Bréfritari: Ingibjörg E. Gunnlaugsdóttir
Viðtakandi: Halldór Jónsson
Dagsetning: A-1859-01-12
Skrifað á: Kiðjabergi  Árn.

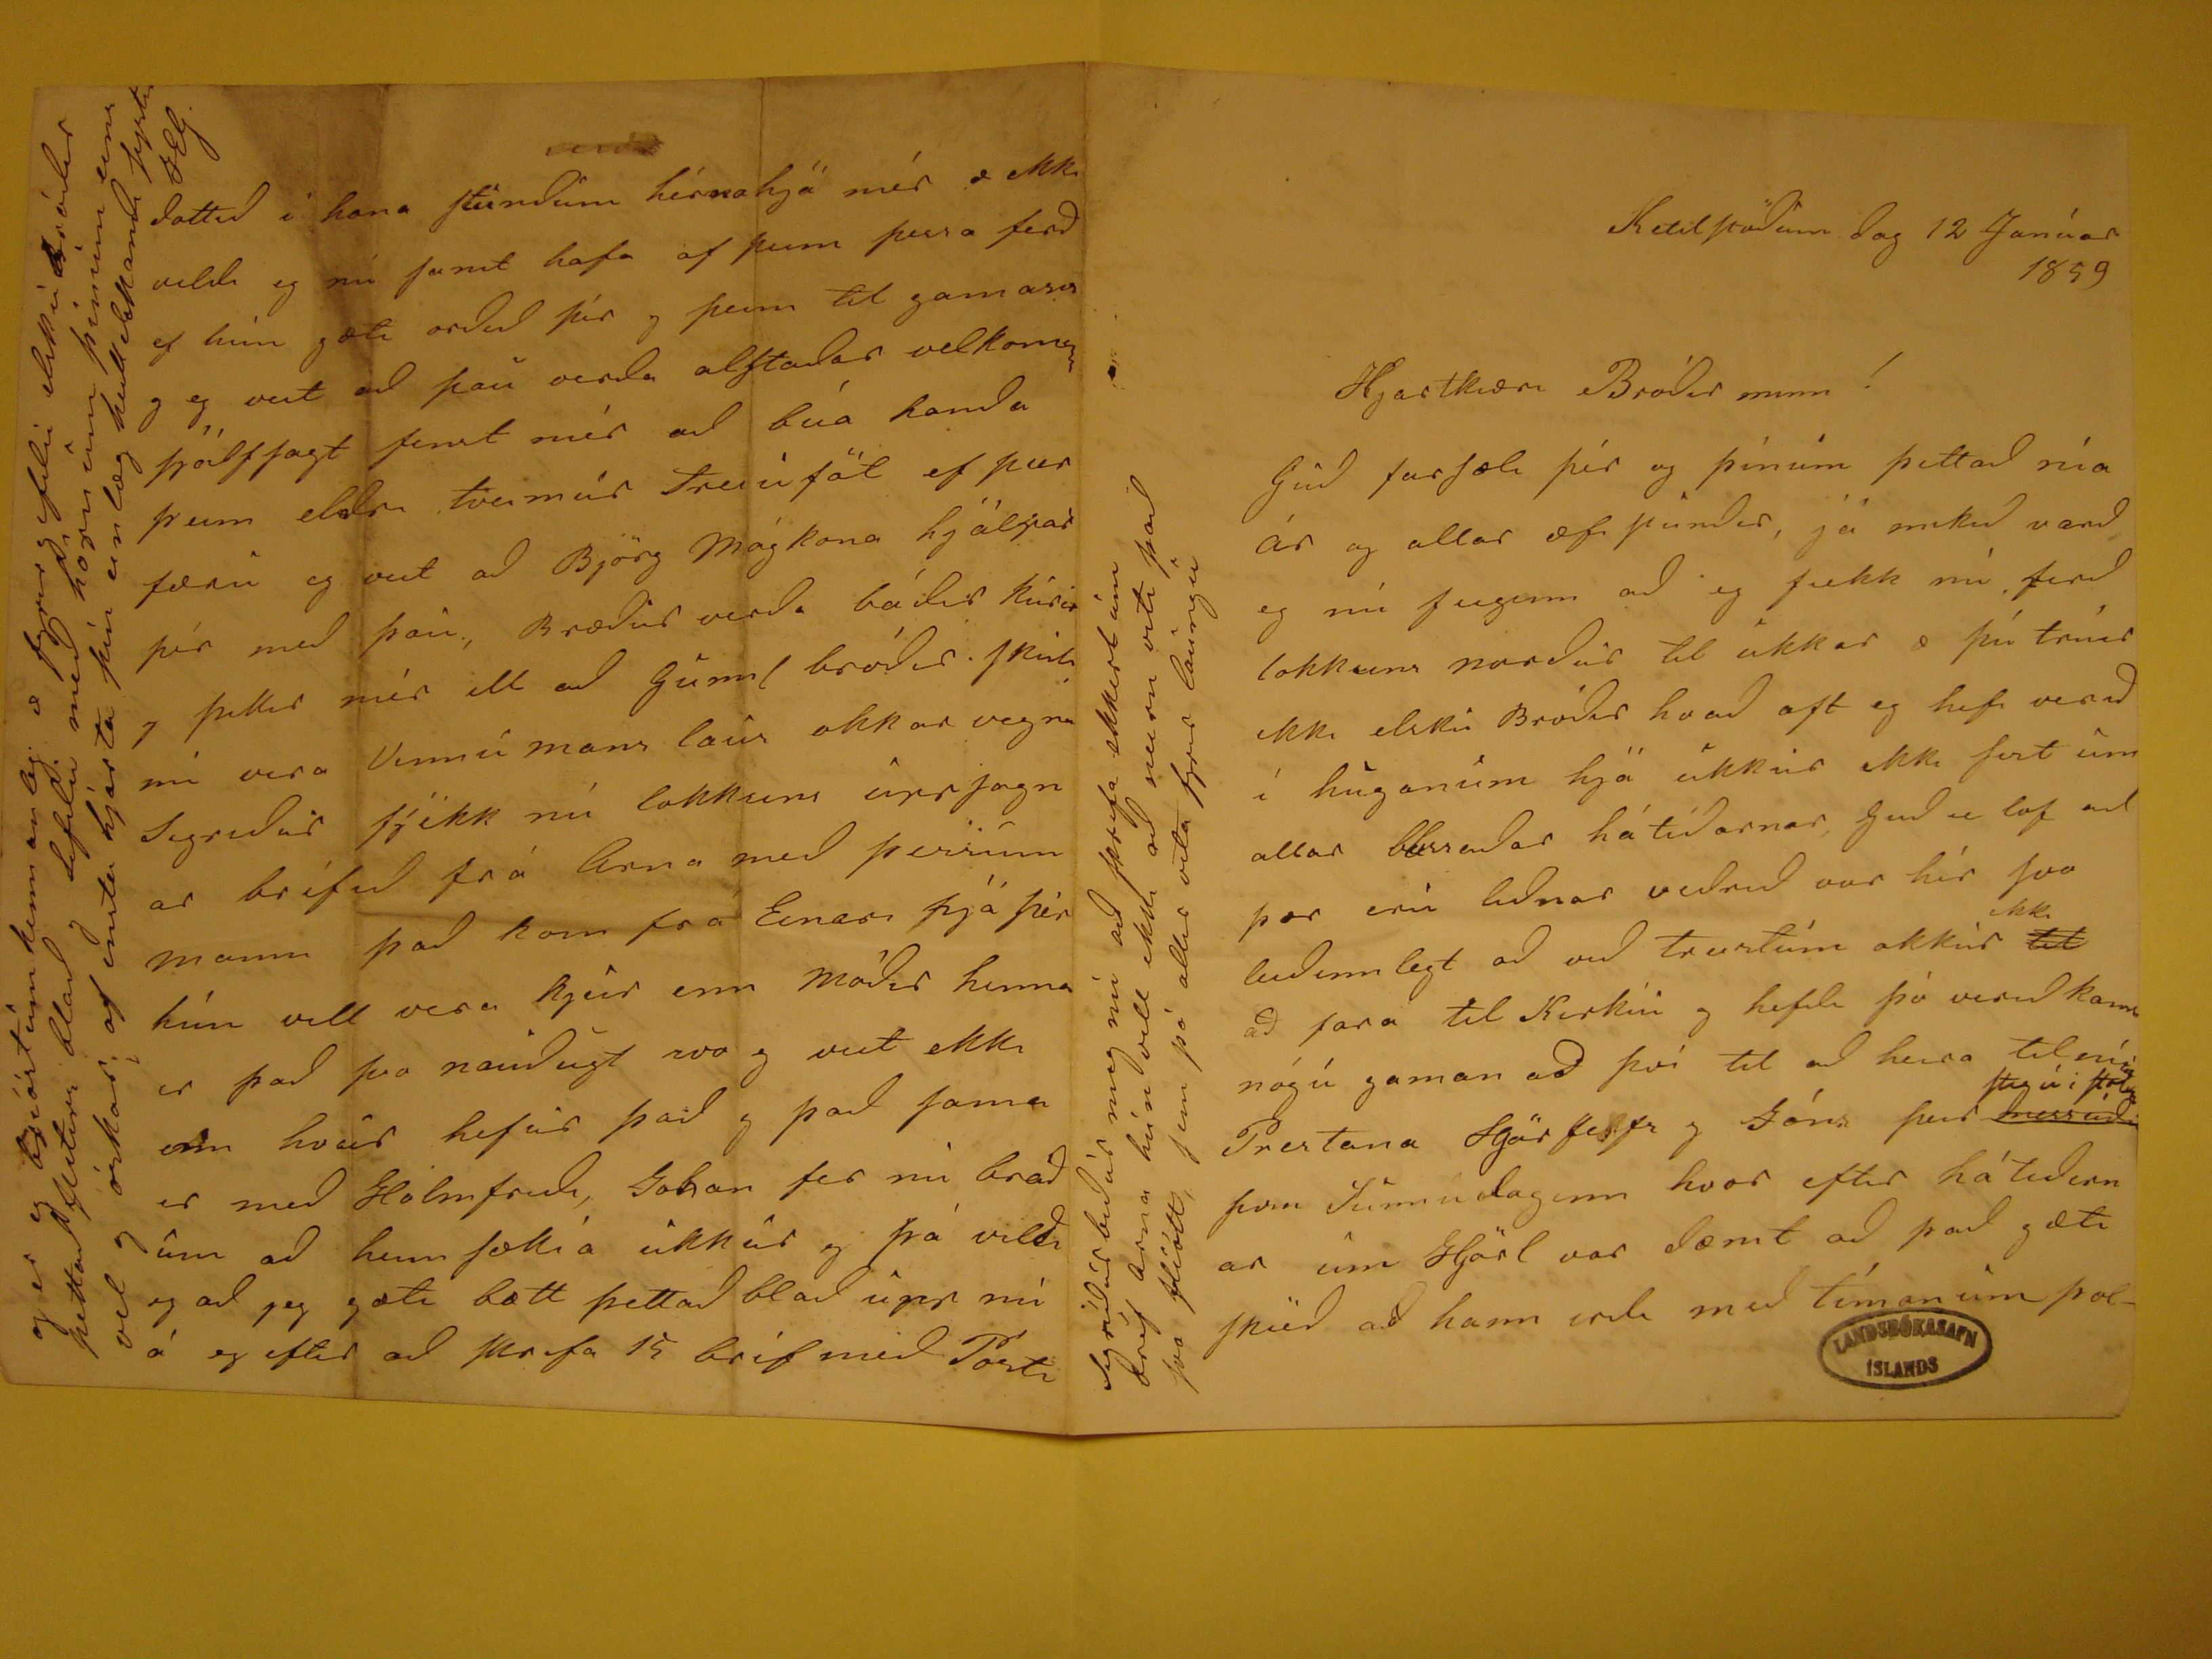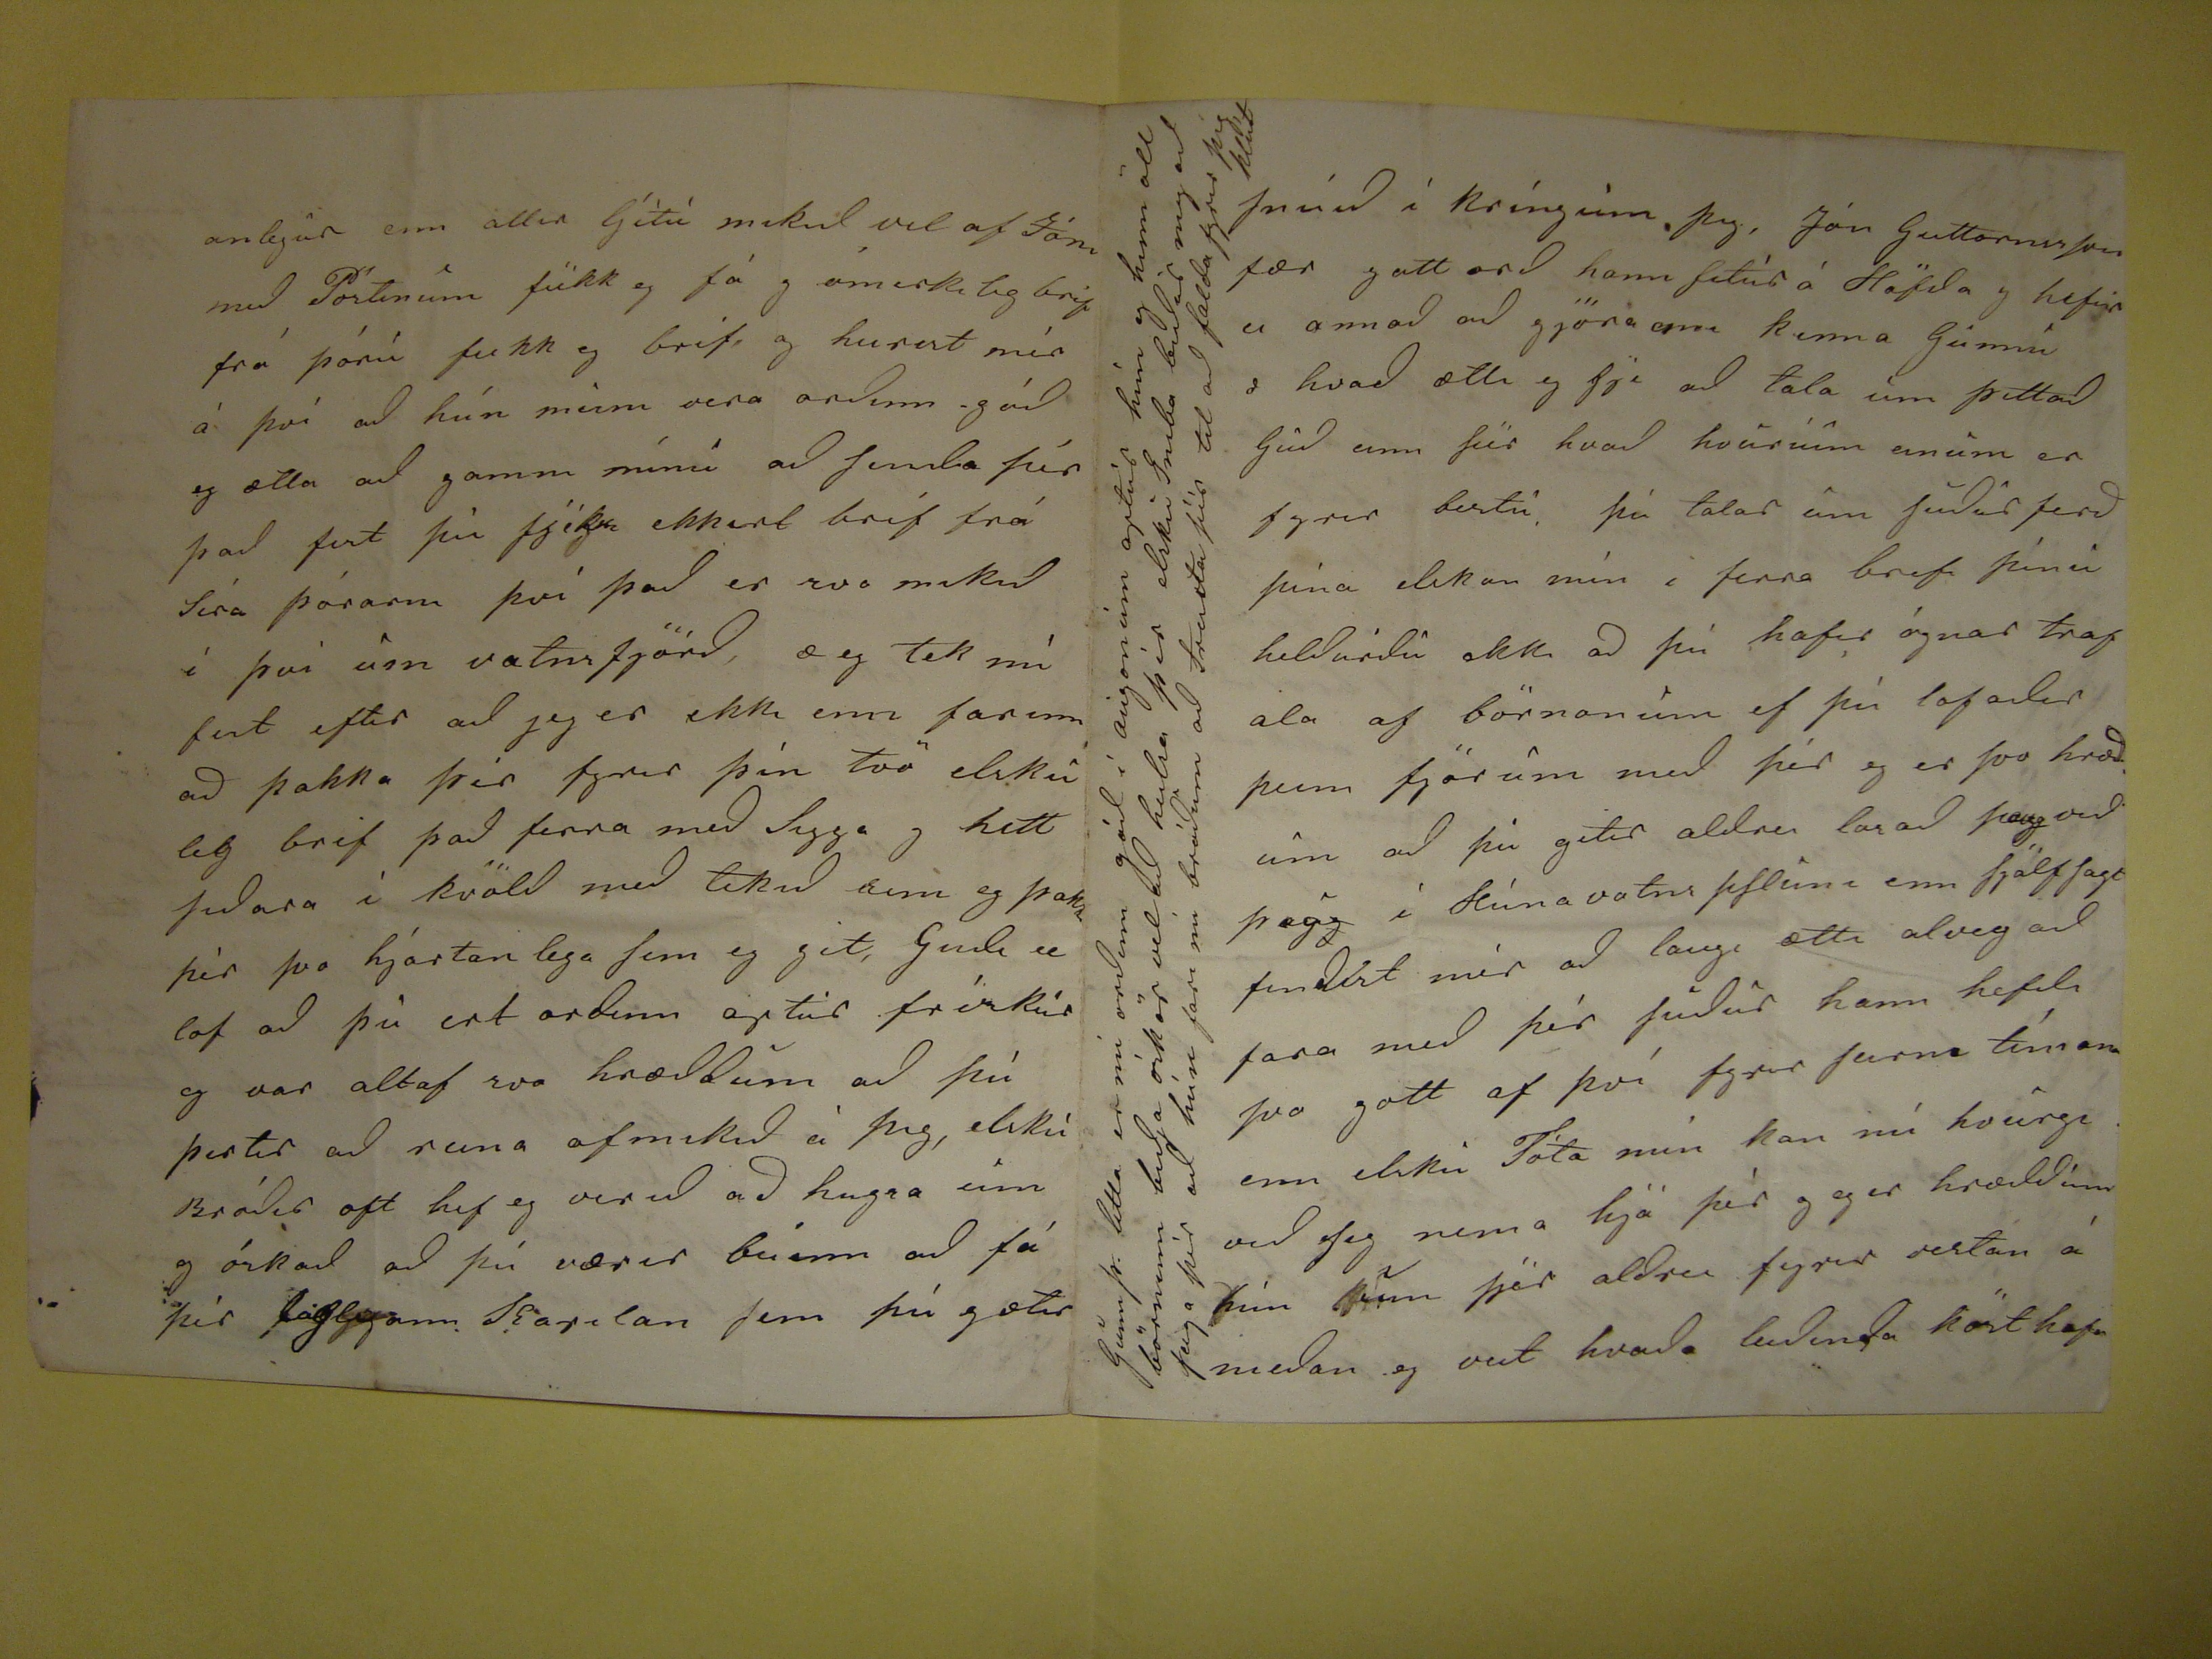

KEtilstöðum dag 12 Janúar 1859
Hjartkæri Bróðir minn!
Guð farsæli þér og þínum þettað nía ár og allar ævi stundir, já mikið varð eg nú feigenn að eg fiekk nú ferð lokksins norður til ukkar æ þú trúir ekki elsku
Bróðir hvað oft eg hefi verið í huganum hjá ukkur ekki
sert
um allar blessaðar há tíðirnar Guð se lof að þær eru liðnar veðrið var hér svo
leiðinnlegt að við treistúm okkúr
til
ekki
að fara til Kirkiú og
hefði þó verið kann nógú gaman að því til að heira til
??
Prestana
Sgörfestr
og Jóns þeir
rend="overstrike">messuði
steg ú i
felag
þvi
Sunnudaginn
hvor eftir hátiernar um Hjorl var sæmt að það gæti skieð að hann erdi med tímanum þol-
Segríðúr biðúr meg nú að skrefa ekkert um bréf arna hún vill ekki að neirn viti það svo flíótt, sem þó aller
vita fyrir laungu
anlegur enn allir Gétú mikid vel af Jóni með Póstinum fiekk eg fá og ómerkileg bréf frá þórú fiekk eg bréf, og heirest mér á því að hún
meim
vera orðinn góð eg ætla að gamni mínu að senda þér það fest þú
fjéks
ekkert bréf frá Síra Þórarni því það er svo mikið í þvi um vatnsfjörð
æ eg tek nú fest eftir að jeg er ekki enn farinn að þakka þér fyrir þín tvö elskuleg bréf það firra með Sigga og hitt siðara í kvöld með tekid
eim
eg þakka þér svo hjartan lega sem eg git, Guði se lof að þú ert orðinn aptur frískur eg var altaf svo hræddum að þú þirtir að reina ofmikið á þig, eslku Bróðir oft
hef eg verið að hugsa um og óskað að þú værir búinn að fá þér
fáslegann kardan
sem þú gætir
???
í kríngum þig, Jón Guttormsson fær gott orð hann situr á Höfða og hefur ei annað að gjöra enn kenna Gunnu
i
hvað ætli eg sje að tala um þettað Guð enn seir hvað hvurnium einum er fyrir bestu, þú talar um sudur ferð þína eskan mín í firra brefi þínu heldurdu ekki að þú
hafir ógnar trafala af börnonum ef þú lofadir þeim fjórum með þér og er svo hræd um að þú getur aldrei losað þaug við þeg
g í Húnavatnssisluni enn sjálfsagt fundist mér að laugi ætti alveg að fara með þér suður hann hefdi svo gott af því fyrir seirni tímana enn elsku Tóta mín
kan nú hvurge við sig nema hjá þér og eg er hræddum hún
um
þjer aldrei fyrir vestan á meðan eg veit hvaða leidinda kost hafa
Gunnþ. litla er nú orðinn góð í augonum aptur hún og hinn öll börninn biðja ósköp vel að heilsa þér elsku Imba
bidur mig að seiga þér ad hún fari nú bráðum að treista sér til að falda fyrir þig klut
dottið í hana stundum hérna hjá mér æ ekki vildi eg nú samt hafa af þeim þessa ferð ef hún gæti orðið þér og þeim til gamansis og eg veit að þau verða alstaðar
velkomin sjálfsagt finst mér að búa handa þeim eldri tveimur treiuföt ef þeir færu eg veit að Björg Mágkona hjálpar þér með þau, Brodur verd. bádir kúrir og þikir mér
ill að Gunnl bróðir skuli nú vera Vinnumans laus okkar vegna Sigridur fjekk nú lokksins uppsognar bréfið frá Arna með þessum manni það kom frá Einari
þjá þér hún vill vera kjur enn míðir hinna er það svo nauðugt svo eg veit ekki enn hvur hefur það og það sama er með Holmfridi Johan fer nú bráðum að
heim sokia ukkur og þá vildi eg að jeg gæti bætt þettað blað upp nú á eg eftir að skrifa 15 bréf með Pósti
og er eg bríóstum kennanleg æ fyrirgefdu elsku Bróðir þettað flitirs blað og lifdu með höru um þimum eins vel
og óskar; af ensta hjarta þin einlæg hull elskandi systir HG.